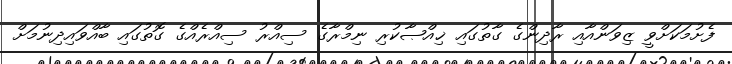
ފެށުމަކަށްވީ ޒިވަންއާއި ރާދިންގެ ގާތުގައި ޚިއްޞާކުރި ނިމްރާގެ ސިއްރު ސިއްރެއްގެ ގޮތުގައި ބާއްވައިދިނުމަށް